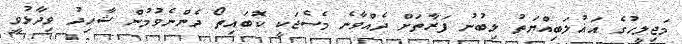
މަޖިލީހުގެ އަޣުލަބިއްޔަތު ލިބުނު ފަރާތަށް ދެއްވާނެ މެސެޖަކީ ކޮބައިތޯ ދެންނެވުމުން ޝާހިދު ވިދާޅުވީ